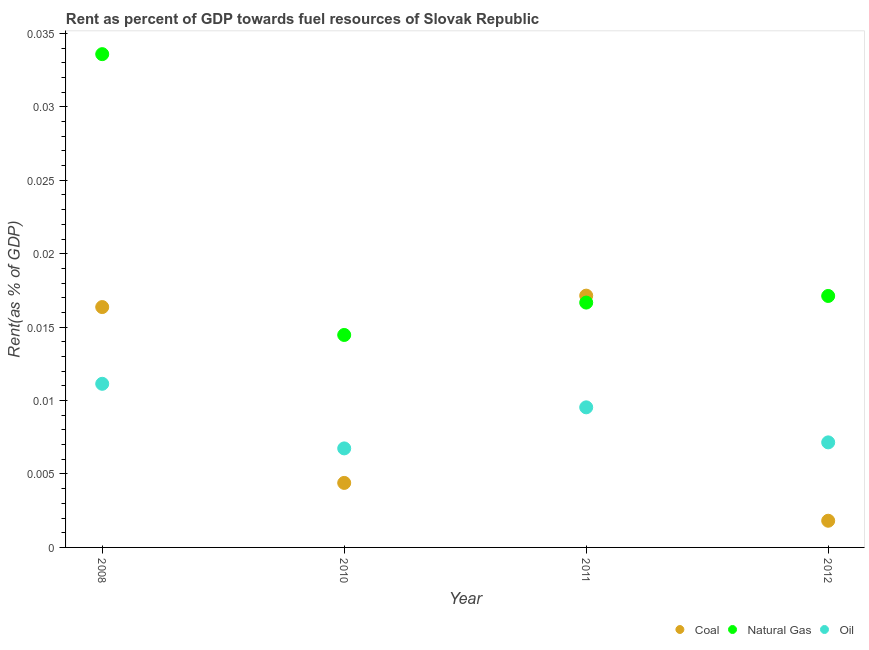
| Year | Coal | Natural Gas | Oil |
 | --- | --- | --- | --- |
 | 2008 | 0.0164 | 0.0336 | 0.0111 |
 | 2010 | 0.00439 | 0.0145 | 0.00674 |
 | 2011 | 0.0171 | 0.0167 | 0.00954 |
 | 2012 | 0.00182 | 0.0171 | 0.00715 |